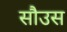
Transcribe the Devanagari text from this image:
सौउस